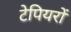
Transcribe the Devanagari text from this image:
टेपियरों